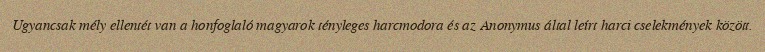
Ugyancsak mély ellentét van a honfoglaló magyarok tényleges harcmodora és az Anonymus által leírt harci cselekmények között.